Vaccination in the Punjab 1867-1880 - 1867-1880
Year: 1867
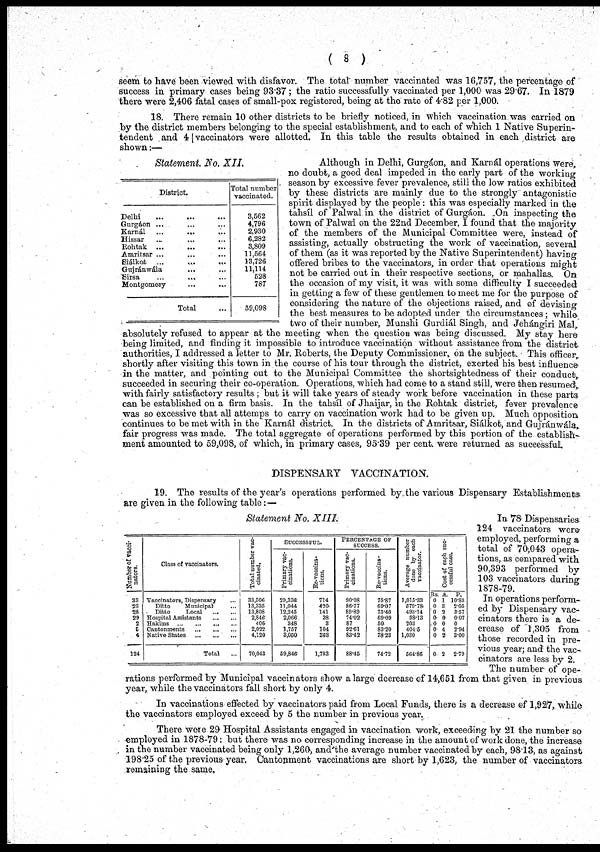
( 8 )
seem to have been viewed with disfavor. The total number vaccinated was 16,757, the percentage of
success in primary cases being 93.37 ; the ratio successfully vaccinated per 1,000 was 29.67. In 1879
there were 2,406 fatal cases of small-pox registered, being at the rate of 4.82 per 1,000.
18. There remain 10 other districts to be briefly noticed, in which vaccination was carried on
by the district members belonging to the special establishment, and to each of which 1 Native Superin-
tendent and 4 vaccinators were allotted. In this table the results obtained in each district are
shown:—
Statement No. XII.
District.
Delhi
...
...
...
Gurgáon ... ... ...
Karnál ... ... ...
Hissar ... ... ...
Rohtak
... ... ...
Amritsar ... ... ...
Siálkot
... ... ...
Gujránwála ... ...
Sirsa ... ... ...
Montgomery ... ...
Total ...
Total number
vaccinated.
3,562
4,796
2,930
6,282
3,809
11,564
13,726
11,114
528
787
59,098
Although in Delhi, Gurgáon, and Karnál operations were,
no doubt, a good deal impeded in the early part of the working
season by excessive fever prevalence, still the low ratios exhibited
by these districts are mainly due to the strongly antagonistic
spirit displayed by the people : this was especially marked in the
tahsíl of Palwal in the district of Gurgáon. On inspecting the
town of Palwai on the 22nd December, I found that the majority
of the members of the Municipal Committee were, instead of
assisting, actually obstructing the work of vaccination, several
of them (as it was reported by the Native Superintendent) having
offered bribes to the vaccinators, in order that operations might
not be carried out in their respective sections, or mahallas. On
the occasion of my visit, it was with some difficulty I succeeded
in getting a few of these gentlemen to meet me for the purpose of
considering the nature of the objections raised, and of devising
the best measures to be adopted under the circumstances ; while
two of their number, Munshi Gurdiál Singh, and Jehángiri Mal,
absolutely refused to appear at the meeting when the question was being discussed. My stay here
being limited, and finding it impossible to introduce vaccination without assistance from the district
authorities, I addressed a letter to Mr. Roberts, the Deputy Commissioner, on the subject. This officer
shortly after visiting this town in the course of his tour through the district, exerted his best influence
in the matter, and pointing out to the Municipal Committee the shortsightedness of their conduct
succeeded in securing their co-operation. Operations, which had come to a stand still, were then resumed
with fairly satisfactory results ; but it will take years of steady work before vaccination in these parts
can be established on a firm basis. In the tahsíl of Jhaijar, in the Rohtak district, fever prevalence
was so excessive that all attemps to carry on vaccination work had to be given up. Much opposition
continues to be met with in the Karnál district. In the districts of Amritsar, Siálkot, and Gujránwála,
fair progress was made. The total aggregate of operations performed by this portion of the establish-
ment amounted to 59,098, of which, in primary cases, 95.39 per cent. were returned as successful
DISPENSARY VACCINATION.
Statement No. XIII.
number of vacci¬
natort.
33
23
28
29
2
5
4
124
Class of vaccinators..
Vaccinators, Dispensary ...
Ditto
Municipal ...
Ditto
Local
...
...
Hospital Assistants
...
...
Hakims
...
...
...
...
Cantonments
...
...
...
Native States
...
...
...
Total ...
Total number vac-
cinated.
33,506
13,335
13,808
2,846
406
2,022
4,120
70,043
SUCCESSFUL.
Primary vac-
cinations.
23,336
11,044
12,245
2,066
348
1,757
3,050
59,846
Re-vaccina¬
tions.
714
420
141
38
3
104
383
1,783
PERCENTAGE OF
SUCCESS.
Primary vac-
cinations.
90.08
86.77
89.89
74.02
87
92.61
83.42
88.45
Re-vaccina¬
tions.
75.87
69.07
75.40
69.09
50
83.20
78.23
74.72
Average number
done by each
Vaccinator.
1,015.33
579.78
493.14
93.13
203
404.5
1,030
564.86
Cost of each suc-
cessful case.
Rs.
0
0
0
0
0
0
0
0
A.
1
3
2
0
0
4
2
2
P.
10.88
2.05
3.57
0. 07
0
2.94
3.00
2 79
19. The results of the year's operations performed by the various Dispensary Establishment
are given in the following table: —
In 78 Dispensaries
124 vaccinators were
employed, performing a
total of 70,043 opera-
tions, as compared with
90,393 performed by
103 vaccinators during
1878-79.
In operations perform-
ed by Dispensary vac-
cinators there is a de-
crease of 1,305 from
those recorded in pre-
vious year; and the vac-
cinators are less by 2.
The number of ope-
rations performed by Municipal vaccinators show a large decrease of 14,651 from that given in previous
year, while the vaccinators fall short by only 4.
In vaccinations effected by vaccinators paid from Local Funds, there is a decrease of 1,927, while
the vaccinators employed exceed by 5 the number in previous year.
There were 29 Hospital Assistants engaged in vaccination work, exceeding by 21 the number so
employed in 1878-79: but there was no corresponding increase in the amount of work done, the increase
in the number vaccinated being only 1,260, and the average number vaccinated by each, 98.13, as against
198.25 of the previous year. Cantonment vaccinations are short by 1,623, the number of vaccinators.
remaining the same.